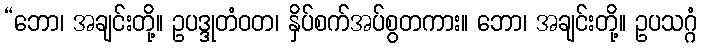
“ဘော၊ အချင်းတို့။ ဥပဒ္ဒုတံဝတ၊ နှိပ်စက်အပ်စွတကား။ ဘော၊ အချင်းတို့။ ဥပသဂ္ဂံ